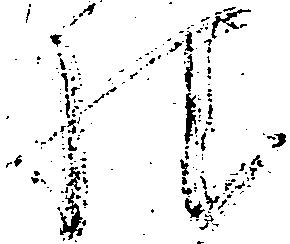
様